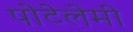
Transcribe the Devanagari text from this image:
पोटेलेमी